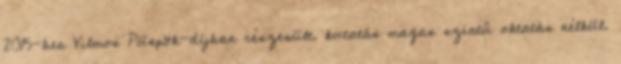
2015-ben Vilmos Püspök-díjban részesült. kutatás magas szintû oktatás nélkül.